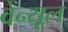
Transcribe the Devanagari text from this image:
वेंन्यूल